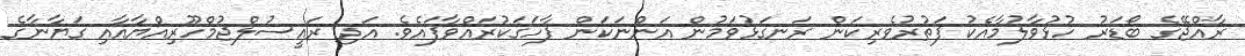
ރާއްޖޭގެ ބޯޑަރު ހުޅުވާލުމާއެކު ފަތުރުވެރިކަން ރަނގަޅުވަމުން އަންނަކަން ފާހަގަކުރައްވާފައެވެ. އަދި ރައީސުލްޖުމްހޫރިއްޔާއާއި ގަޔާނާގެ